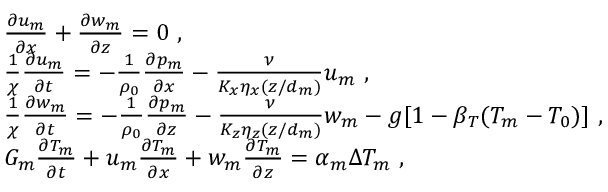
\begin{array} { r l } & { \frac { \partial u _ { m } } { \partial x } + \frac { \partial w _ { m } } { \partial z } = 0 ~ , } \\ & { \frac { 1 } { \chi } \frac { \partial u _ { m } } { \partial t } = - \frac { 1 } { \rho _ { 0 } } \frac { \partial p _ { m } } { \partial x } - \frac { \nu } { K _ { x } \eta _ { x } ( z / d _ { m } ) } u _ { m } ~ , } \\ & { \frac { 1 } { \chi } \frac { \partial w _ { m } } { \partial t } = - \frac { 1 } { \rho _ { 0 } } \frac { \partial p _ { m } } { \partial z } - \frac { \nu } { K _ { z } \eta _ { z } ( z / d _ { m } ) } w _ { m } - g [ 1 - \beta _ { T } ( T _ { m } - T _ { 0 } ) ] ~ , } \\ & { G _ { m } \frac { \partial T _ { m } } { \partial t } + u _ { m } \frac { \partial T _ { m } } { \partial x } + w _ { m } \frac { \partial T _ { m } } { \partial z } = \alpha _ { m } \Delta T _ { m } ~ , } \end{array}